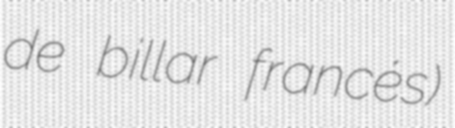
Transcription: de billar francés)